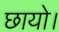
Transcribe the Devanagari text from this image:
छायो।